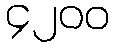
၄၂၀၀